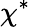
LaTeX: \chi^{\ast}